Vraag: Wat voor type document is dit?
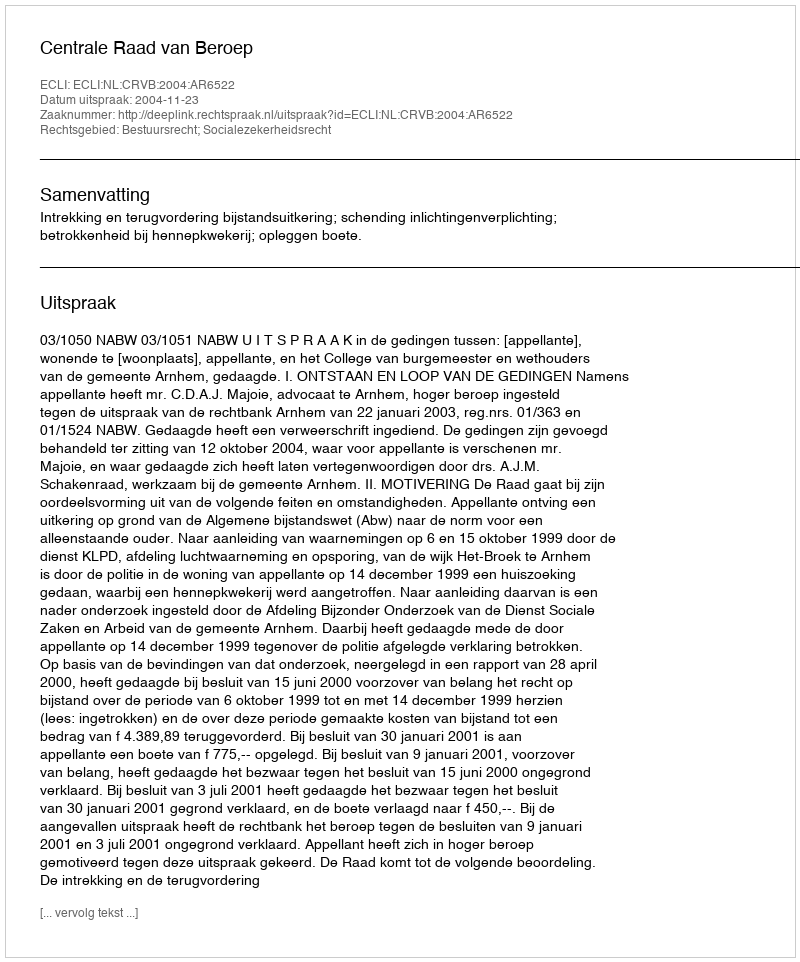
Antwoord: Uitspraak